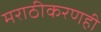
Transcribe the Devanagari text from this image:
मराठीकरणही